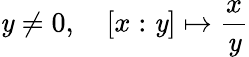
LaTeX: \mathit{y}\neq0,\quad[x:\mathit{y}]\mapsto{\frac{{x}}{{\mathit{y}}}}